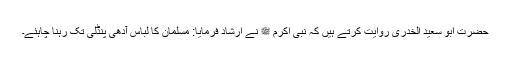
حضرت ابو سعید الخدریؓ روایت کرتے ہیں کہ نبی اکرم ﷺ نے ارشاد فرمایا: مسلمان کا لباس آدھی پنڈلی تک رہنا چاہئے۔